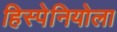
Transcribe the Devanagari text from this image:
हिस्पेनियोला